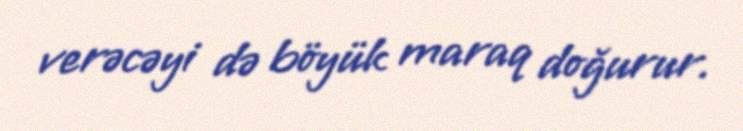
verəcəyi də böyük maraq doğurur.